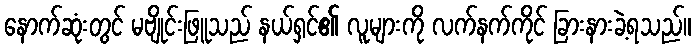
နောက်ဆုံးတွင် မဗျိုင်းဖြူသည် နယ်ရှင်၏ လူများကို လက်နက်ကိုင် ခြားနားခဲ့ရသည်။